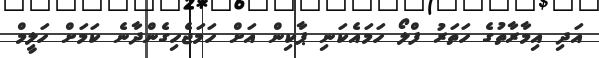
އަދި އިމާރާތުގެ ހަތަރު ފްލޯ ހަމައެކަނި ޕާކިން އަށް ހަމަޖެހިގެންދާނެ ކަމަށް ހަލީމް